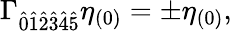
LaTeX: \Gamma_{\hat{0}\hat{1}\hat{2}\hat{3}\hat{4}\hat{5}}\eta_{(0)}=\pm\eta_{(0)},